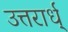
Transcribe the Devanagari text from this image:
उत्तरार्ध्